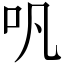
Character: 㕨